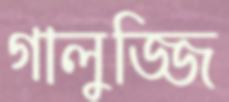
গালুজ্জি